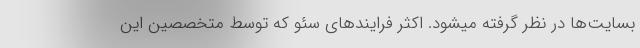
بسایت‌ها در نظر گرفته میشود. اکثر فرایندهای سئو که توسط متخصصین این